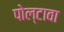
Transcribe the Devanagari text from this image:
पोल्टावा